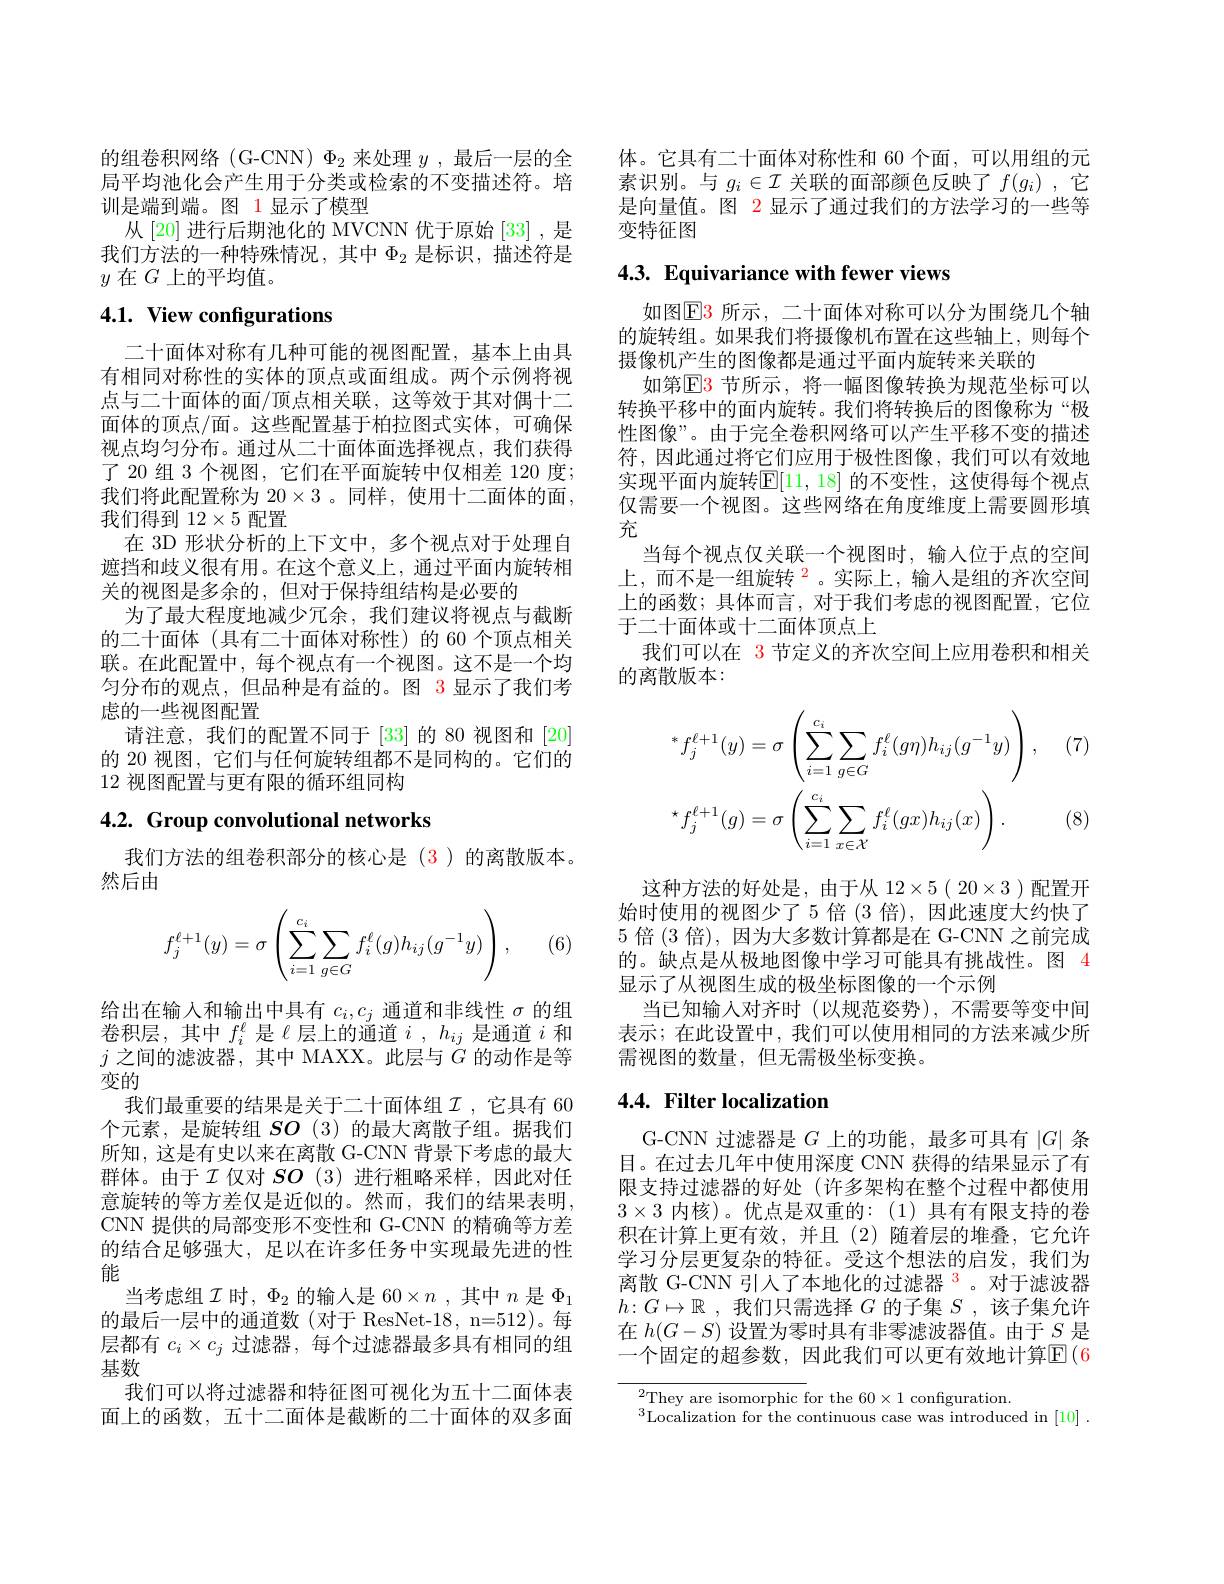
的组卷积网络(G-CNN) $\Phi_2$来处理$y$ ,最后一层的全局平均池化会产生用于分类或检索的不变描述符。培训是端到端。图 1 显示了模型
从 [20] 进行后期池化的 MVCNN 优于原始 [33] ,是我们方法的一种特殊情况，其中$\Phi_2$是标识，描述符是$y$在$G$上的平均值。

# 4.1. View configurations

二十面体对称有几种可能的视图配置，基本上由具有相同对称性的实体的顶点或面组成。两个示例将视点与二十面体的面/顶点相关联，这等效于其对偶十二面体的顶点/面。这些配置基于柏拉图式实体，可确保视点均匀分布。通过从二十面体面选择视点，我们获得了 20 组 3 个视图，它们在平面旋转中仅相差 120 度； 我们将此配置称为$20\times3$ 。同样，使用十二面体的面， 我们得到 12$\times5$配置
在 3D 形状分析的上下文中，多个视点对于处理自遮挡和歧义很有用。在这个意义上，通过平面内旋转相关的视图是多余的，但对于保持组结构是必要的
为了最大程度地减少冗余，我们建议将视点与截断的二十面体(具有二十面体对称性)的 60 个顶点相关联。在此配置中，每个视点有一个视图。这不是一个均匀分布的观点，但品种是有益的。图 3 显示了我们考虑的一些视图配置
请注意，我们的配置不同于[33]的 80 视图和 [20] 的 20 视图，它们与任何旋转组都不是同构的。它们的12 视图配置与更有限的循环组同构

# 4.2. Group convolutional networks

我们方法的组卷积部分的核心是(3)的离散版本。
然后由
$$f_j^{\ell+1}(y)=\sigma\left(\sum_{i=1}^{c_i}\sum_{g\in G}f_i^\ell(g)h_{ij}(g^{-1}y)\right),$$
(6

给出在输入和输出中具有$c_i,c_j$通道和非线性$\sigma$的组卷积层，其中$f_i^\ell$是$\ell$层上的通道$i,h_ij$是通道$i$和$j$之间的滤波器，其中 MAXX。此层与$\dot G$的动作是等变的
我们最重要的结果是关于二十面体组$\mathcal{I}$,它具有 60个元素，是旋转组$SO$ (3)的最大离散子组。据我们所知，这是有史以来在离散 G-CNN 背景下考虑的最大群体。由于$\mathcal{I}$仅对 $SO$ (3)进行粗略采样，因此对任意旋转的等方差仅是近似的。然而，我们的结果表明， CNN 提供的局部变形不变性和 G-CNN 的精确等方差的结合足够强大，足以在许多任务中实现最先进的性能
当考虑组$\mathcal{I}$时$,\Phi_2$的输入是 60$\times n$ ,其中 $n$ 是 $\Phi_1$ 的最后一层中的通道数(对于 ResNet-18, n=512)。每层都有$c_i\times c_j$过滤器，每个过滤器最多具有相同的组基数
我们可以将过滤器和特征图可视化为五十二面体表面上的函数，五十二面体是截断的二十面体的双多面

体。它具有二十面体对称性和 60 个面，可以用组的元素识别。与$g_i\in\mathcal{I}$关联的面部颜色反映了$f(g_i)$ ,它是向量值。图 2 显示了通过我们的方法学习的一些等变特征图

4.3. Equivariance with fewer views

如图$\operatorname{E3}$ 所示，二十面体对称可以分为围绕几个轴的旋转组。如果我们将摄像机布置在这些轴上，则每个摄像机产生的图像都是通过平面内旋转来关联的
如第$\operatorname{E3}$ 节所示，将一幅图像转换为规范坐标可以转换平移中的面内旋转。我们将转换后的图像称为“极性图像”。由于完全卷积网络可以产生平移不变的描述符，因此通过将它们应用于极性图像，我们可以有效地实现平面内旋转$\mathbb{E}[11,18]$ 的不变性，这使得每个视点仅需要一个视图。这些网络在角度维度上需要圆形填充
当每个视点仅关联一个视图时，输入位于点的空间上，而不是一组旋转$^2$。实际上，输入是组的齐次空间上的函数；具体而言，对于我们考虑的视图配置，它位于二十面体或十二面体顶点上
我们可以在 3 节定义的齐次空间上应用卷积和相关
的离散版本：

(7)
$$^*f_j^{\ell+1}(y)=\sigma\left(\sum_{i=1}^{c_i}\sum_{g\in G}f_i^\ell(g\eta)h_{ij}(g^{-1}y)\right),\\^\star f_j^{\ell+1}(g)=\sigma\left(\sum_{i=1}^{c_i}\sum_{x\in\mathcal{X}}f_i^\ell(gx)h_{ij}(x)\right).$$
(8)

这种方法的好处是，由于从$12\times5(20\times3)$配置开始时使用的视图少了 5 倍 (3 倍),因此速度大约快了5倍 (3 倍), 因为大多数计算都是在 G-CNN 之前完成的。缺点是从极地图像中学习可能具有挑战性。图 4显示了从视图生成的极坐标图像的一个示例
当已知输入对齐时(以规范姿势),不需要等变中间表示；在此设置中，我们可以使用相同的方法来减少所需视图的数量，但无需极坐标变换。

## $4. 4. \textbf{Filter localization}$

G-CNN 过滤器是$G$上的功能，最多可具有$|G|$条目。在过去几年中使用深度 CNN 获得的结果显示了有限支持过滤器的好处(许多架构在整个过程中都使用$3\times3$内核)。优点是双重的：(1)具有有限支持的卷积在计算上更有效，并且(2)随着层的堆叠，它允许学习分层更复杂的特征。受这个想法的启发，我们为离散 G-CNN 引人了本地化的过滤器$^{3}$。对于滤波器$h\nobreak {: } G\mapsto \mathbb{R}$ , 我们只需选择 $G$ 的子集 $S$ , 该子集允许在$h(G-S)$设置为零时具有非零滤波器值。由于$S$是一个固定的超参数，因此我们可以更有效地计算$\operatorname{E}(6$

${}^{2}$They are isomorphic for the 60$\times1$ configuration.
$^{3}$Localization for the continuous case was introduced in [10].